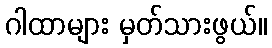
ဂါထာများ မှတ်သားဖွယ်။